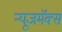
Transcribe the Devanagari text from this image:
न्यूजमॅक्स